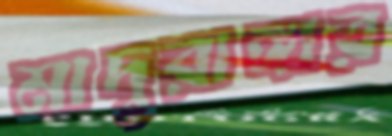
মাদুরাঙ্গার